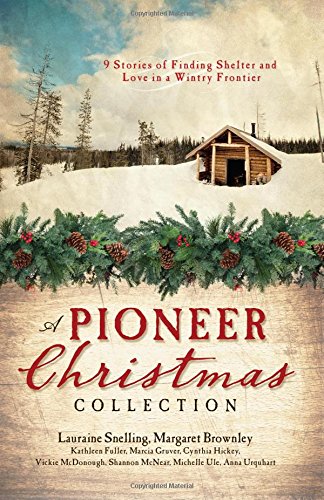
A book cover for A Pioneer Christmas Collection: 9 Stories of Finding Shelter and Love in a Wintry Frontier; Kathleen Fuller; Romance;